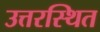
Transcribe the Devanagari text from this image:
उत्तरस्थित